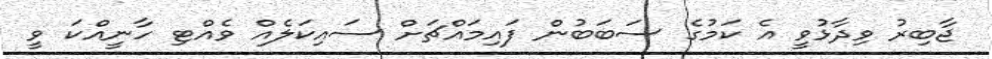
ޖާބިރު ވިދާޅުވީ އެ ކަމުގެ ސަބަބުން ފައިމައްޗަށް ސައިކަލެއް ވެއްޓި ހާނީއްކަ ވީ